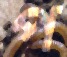
প